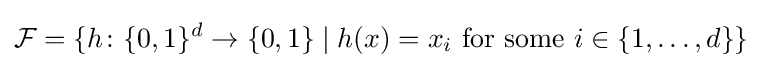
{\mathcal {F}}=\{h\colon \{0,1\}^{d}\to \{0,1\}\mid h(x)=x_{i}{\text{ for some }}i\in \{1,\ldots ,d\}\}